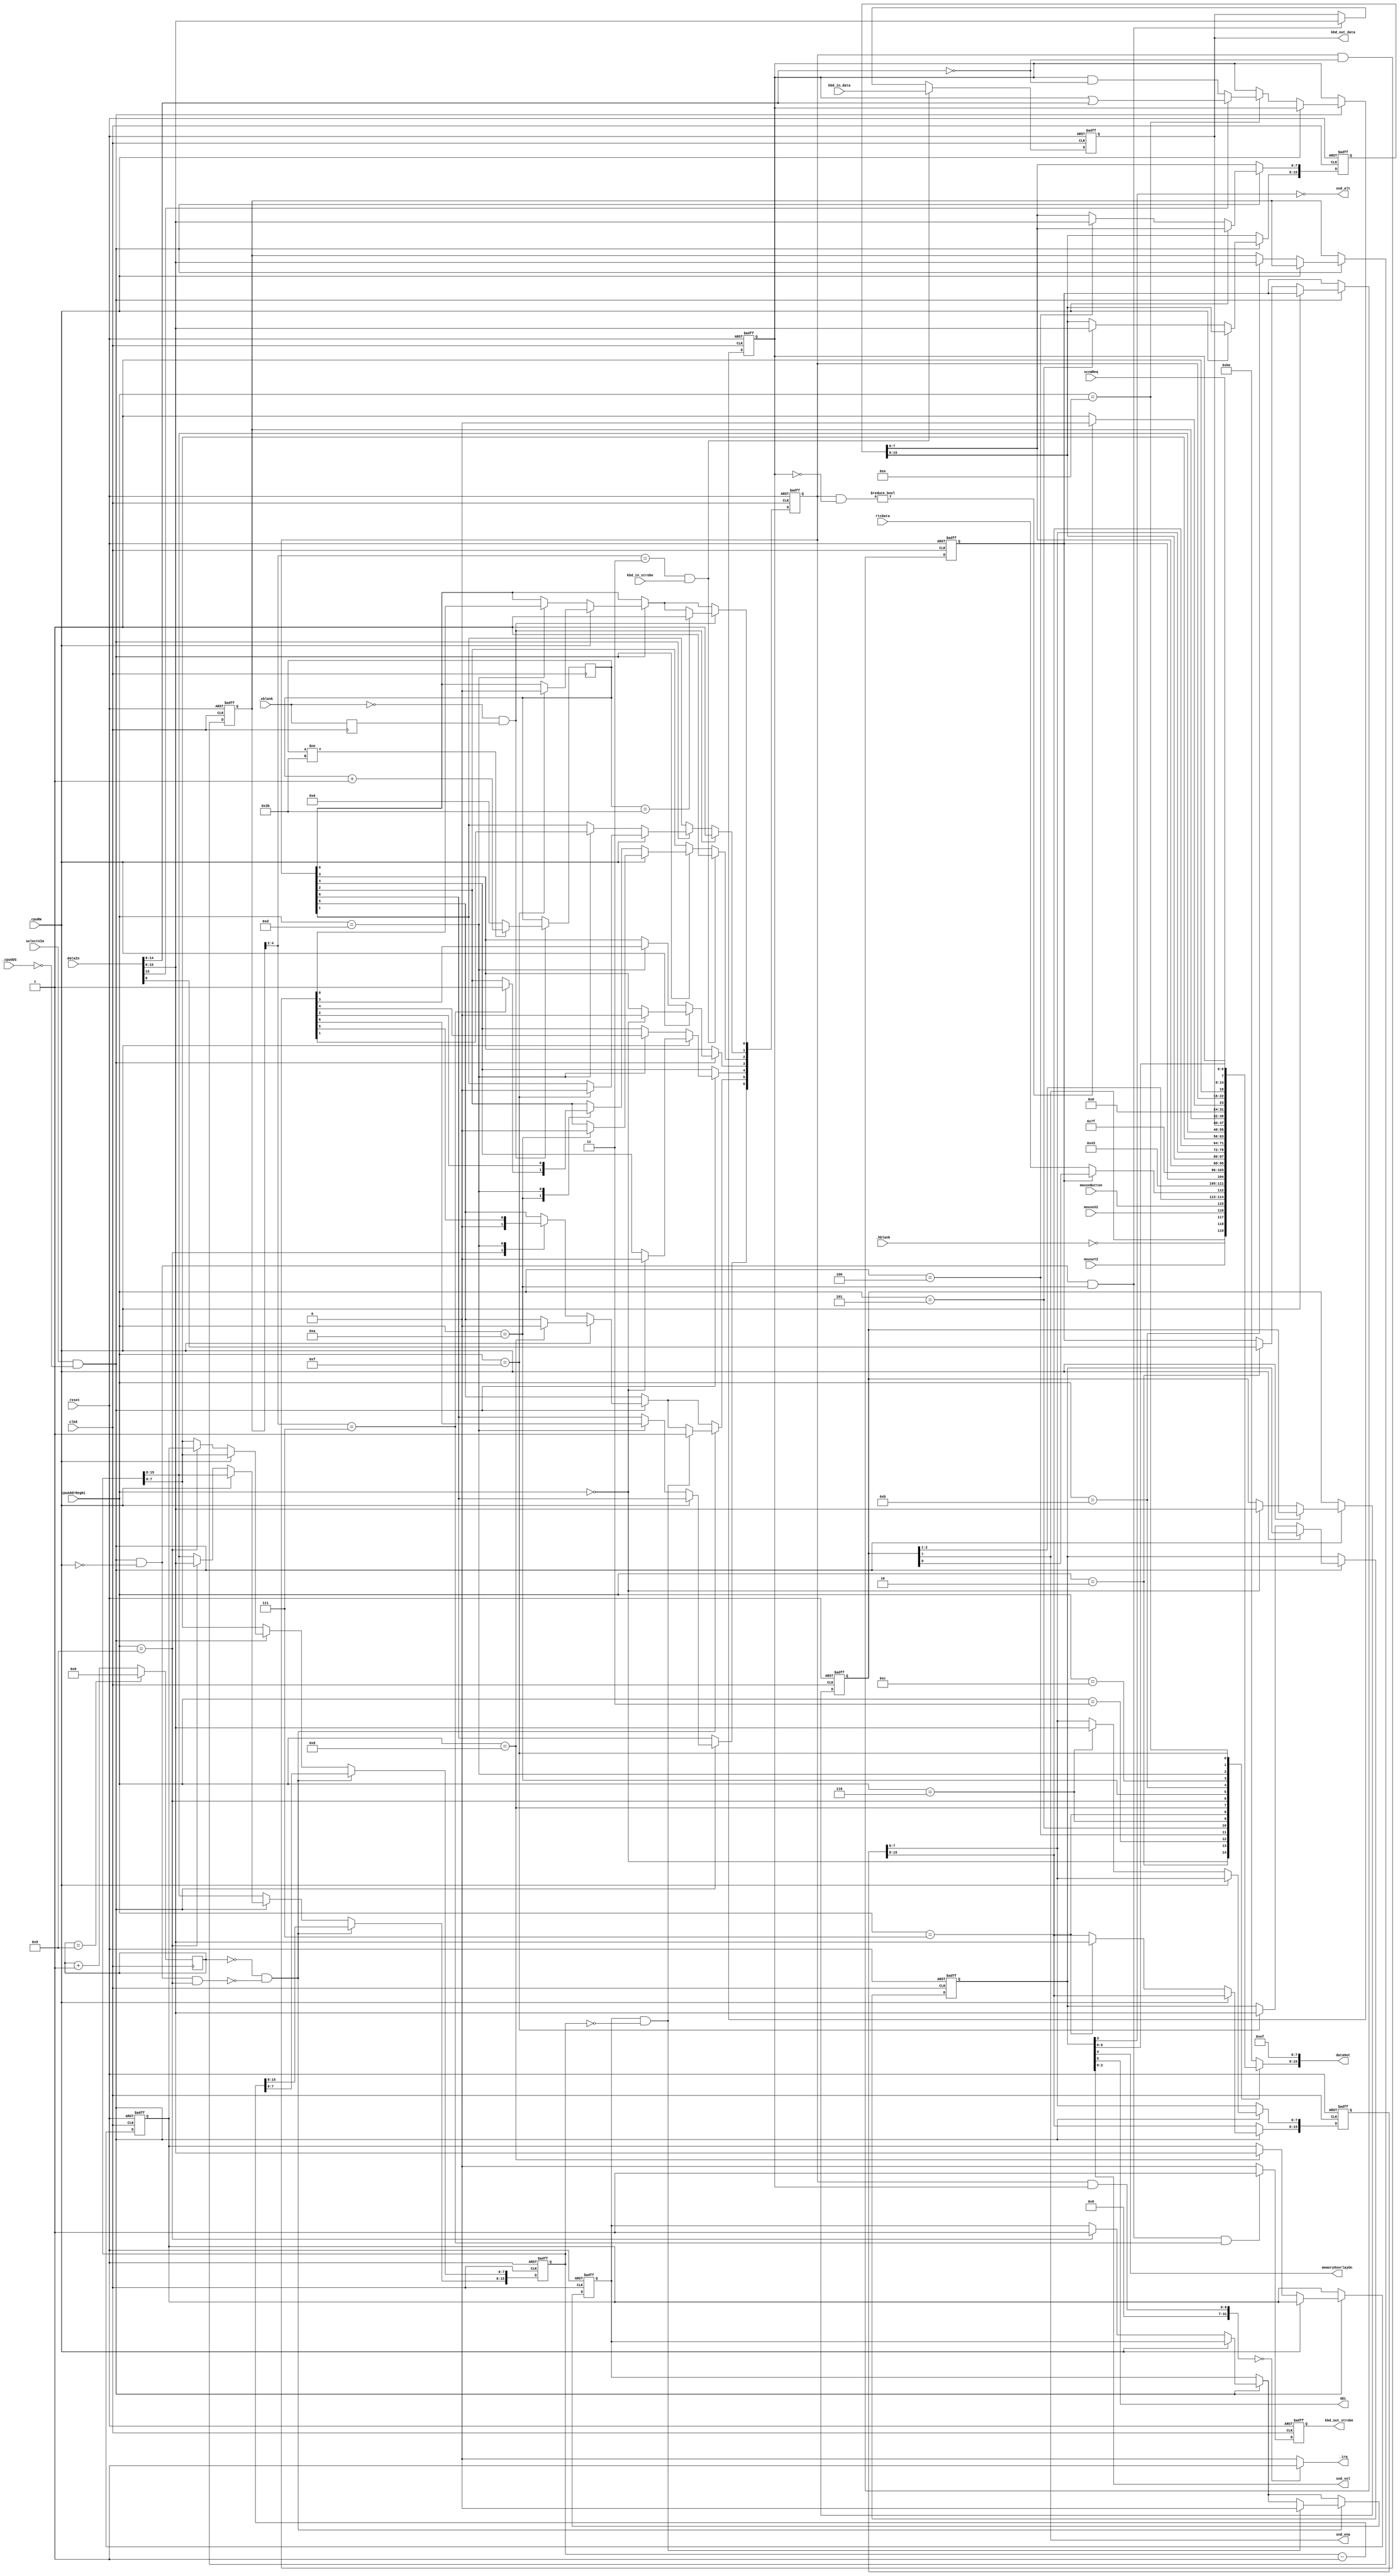
/* VIA
	
	This implementation assumes the I/O data directions and PCR edge triggers used in the Macintosh,
	and ignores most writes to the VIA data direction registers and the PCR.
	
	The 16 VIA registers are mapped to addresses {8'hEF, 8'b111xxxx1, 8'hFE}:
			0	$0		vBufB		register B
			1	$200	?????		register A (controls handshake)
			2	$400	vDirB		register B direction register
			3	$600	vDirA		register A direction register
			4	$800	vT1C		timer 1 counter (low-order byte) - for sound?
			5	$A00	vT1CH		timer 1 counter (high-order byte)
			6	$C00	vT1L		timer 1 latch (low-order byte)
			7	$E00	vT1LH		timer 1 latch (high-order byte)
			8	$1000	vT2C		timer 2 counter (low-order byte) - W: writes T2L-L R: read T2C-L and clear interrupt flag
			9	$1200	vT2CH		timer 2 counter (high-order byte) - W: write T2C-H, transfer T2L-L to T2C-L, clear interrupt flag R: read T2C-H
			10	$1400	vSR		shift register (keyboard)
			11	$1600	vACR		auxiliary control register
			12	$1800	vPCR		peripheral control register
			13	$1A00	vIFR		interrupt flag register
			14	$1C00	vIER		interrupt enable register
			15	$1E00	vBufA		register A (no handshake)
			
	Register A:
		Bit(s)  Name             Dir	Description

		7       vSCCWReq         in	SCC wait/request
		6       vPage2           out	Alternate screen buffer (1 = main buffer)
		5       vHeadSel         out	Disk SEL line
		4       vOverlay         out	ROM low-memory overlay (1 = overlay on)
		3       vSndPg2          out	Alternate sound buffer (1 = main buffer)
		0-2     vSound (mask)    out	Sound volume

	Register B:
		Bit   Name       Dir		Description

		7     vSndEnb    out		Sound enable/disable
		6     vH4        in		Horizontal blanking
		5     vY2        in		Mouse Y2
		4     vX2        in		Mouse X2
		3     vSW        in		Mouse switch
		2     rTCEnb     out		Real-time clock serial enable (active low I think)
		1     rTCClk     out		Real-time clock data-clock line
		0     rTCData    in/out	Real-time clock serial data

	Interrupt flag and enable registers:
		IFR bit 7: remains set (and the IRQ line to the processor is held low) as long as any enabled VIA
					  interrupt is occurring. 
		IER bit 7: "enable/disable":  If bit 7 is a 1, each 1 in bits 0-6 enables the corresponding interrupt; 
					  if bit 7 is a 0, each 1 in bits 0-6 disables that interrupt. In either case, 0's in bits 0-6 do not
					  change the status of those interrupts. Bit 7 is always read as a 1. 
					  
		Bit   Interrupting device

		7     IRQ (IFR) or enable (IER)
		6     Timer 1 timeout
		5     Timer 2 timeout
		4     Keyboard clock (CB1)
		3     Keyboard data bit (CB2)
		2     Keyboard data ready (completion of 8 shifts) (SR)
		1     Vertical blanking interrupt (CA1)
		0     One-second interrupt (CA2)

	Peripheral control register:
		Bit	Description
		
		5-7	CB2 control (keyboard data bit)
		4		CB1 control (keyboard clock)
		1-3	CA2 control (one-second interrupt)
		0		CA1 control (vertical blanking interrupt)
		
		1-bit controls: 0 = negative edge trigger (normal Macintosh mode), 1 = positive edge trigger
		3-bit controls: 
			000	set IFR on negative edge, clear IFR on read/write from register A/B. Normal Macintosh mode.
			001	set IFR on negative edge
			010	set IFR on positive edge, clear IFR on read/write from register A/B
			011	set IFR on positive edge
			100-111 not used in Macintosh (output mode)	
		
	Auxiliary control register:
		Bit	Description
		6-7	T1 control, 00 = one-shot mode, output to PB7 disabled, 11 = free running mode, output to PB7 enabled
		5		T2 control, 0 = interval timer in one-shot mode (Mac mode), 1 = counts a predetermined number of pulses on pin PB6 (not used)
		2-4	shift register control
		1		PB latch enable
		0		PA latch enable
		
	Timer 2:
		For Macintosh, always operates as a one-shot inerval timer.
		8	$1000	vT2C		W: write T2L-L R: read T2C-L and clear interrupt flag
		9	$1200	vT2CH		W: write T2C-H, transfer T2L-L to T2C-L, clear interrupt, arms timer flag R: read T2C-H		
*/

`define INT_ONESEC		0  
`define INT_VBLANK		1  
`define INT_KEYREADY		2
`define INT_KEYBIT		3
`define INT_KEYCLK		4
`define INT_T2				5
`define INT_T1				6

module via(
	input clk8,
	input _reset,
	input selectVIA,
	input _cpuRW,
	input _cpuUDS,	
	input [15:0] dataIn,
	input [3:0] cpuAddrRegHi,
	input _hblank,
	input _vblank,
	input mouseY2,
	input mouseX2,
	input mouseButton,
	input rtcData,
	input sccWReq,
	output _irq,
	output [15:0] dataOut,
	output memoryOverlayOn,
	output SEL, // to IWM

	output snd_ena,
	output snd_alt,
	output [2:0] snd_vol,
	
	input [7:0] kbd_in_data,
	input kbd_in_strobe,
	output [7:0] kbd_out_data,
	output reg kbd_out_strobe
);

	wire [7:0] dataInHi = dataIn[15:8];
	reg [7:0] dataOutHi;
	assign dataOut = { dataOutHi, 8'hEF };
	
	reg [7:0] viaADataOut;
	reg [7:0] viaBDataOut;
	reg viaB0DDR;
	reg [6:0] viaIFR;
	reg [6:0] viaIER;
	reg [7:0] viaACR;
	reg [7:0] viaSR;
	reg [15:0] viaTimer1Count;
	reg [15:0] viaTimer1Latch;
	reg [15:0] viaTimer2Count;
	reg [7:0] viaTimer2LatchLow;
	reg viaTimer2Armed;

	
	// shift register can be written by CPU and by external source
	/* Write to SR (including external input) */
	assign kbd_out_data = viaSR;
   always @(negedge clk8 or negedge _reset) begin
		if (_reset == 1'b0)
			viaSR <= 8'b0;           
		else begin
			if((selectVIA == 1'b1) && (_cpuUDS == 1'b0) && 
				(_cpuRW == 1'b0) && (cpuAddrRegHi == 4'hA))
						viaSR <= dataInHi;
						
         if (viaACR[4:2] == 3'b011 && kbd_in_strobe)
                  viaSR <= kbd_in_data;
      end
	end

	/* Generate sr_out_strobe */
   always @(negedge clk8 or negedge _reset) begin
	if (_reset == 1'b0)
		kbd_out_strobe <= 1'b0;                
   else begin
		if((selectVIA == 1'b1) && (_cpuUDS == 1'b0) && 
			(_cpuRW == 1'b0) && (cpuAddrRegHi == 4'hA) && 
			(viaACR[4:2] == 3'b111))
				kbd_out_strobe <= 1;
         else
            kbd_out_strobe <= 0;   
      end
    end
 	
	// divide by 10 clock divider for the VIA timers: 0.78336 MHz
	reg [3:0] clkDiv;
	always @(posedge clk8) begin
		if (clkDiv == 4'h9)
			clkDiv <= 0;
		else
			clkDiv <= clkDiv + 1'b1;
	end
	wire timerStrobe = (clkDiv == 0);
	
	// store previous vblank value, for edge detection
	reg _lastVblank;
	always @(negedge clk8) begin
		_lastVblank <= _vblank;
	end

	// count vblanks, and set 1 second interrupt after 60 vblanks
	reg [5:0] vblankCount;
	always @(negedge clk8) begin
		if (_vblank == 1'b0 && _lastVblank == 1'b1) begin
			if (vblankCount != 59) begin
				vblankCount <= vblankCount + 1'b1;
			end
			else begin
				vblankCount <= 6'h0;
			end
		end
	end
	assign _irq = (viaIFR & viaIER) == 0 ? 1'b1 : 1'b0;
	
	// register write
	wire loadT2 = selectVIA == 1'b1 && _cpuUDS == 1'b0 && _cpuRW == 1'b0 && cpuAddrRegHi == 4'h9;
	always @(negedge clk8 or negedge _reset) begin
		if (_reset == 1'b0) begin
			viaB0DDR <= 1'b1;
			viaADataOut <= 8'b01111111;
			viaBDataOut <= 8'b11111111;
			viaIFR <= 7'b0000000;
			viaIER <= 7'b0000000;
			viaACR <= 8'b00000000;
			viaTimer1Count <= 16'h0000;
			viaTimer1Latch <= 16'h0000;
			viaTimer2Count <= 16'h0000;
			viaTimer2LatchLow <= 8'h00;
			viaTimer2Armed <= 0;
		end
		else begin
			if (selectVIA == 1'b1 && _cpuUDS == 1'b0) begin
				if (_cpuRW == 1'b0) begin
					// normal register writes
					case (cpuAddrRegHi)
						4'h0: // B
							viaBDataOut <= dataInHi;
						4'h2: // B DDR
							viaB0DDR <= dataInHi[0];
						// 4'h3: ignore A DDR
						4'h4: // timer 1 count low
							viaTimer1Count[7:0] <= dataInHi;
						4'h5: // timer 1 count high
							viaTimer1Count[15:8] <= dataInHi;
						4'h6: // timer 1 latch low
							viaTimer1Latch[7:0] <= dataInHi;
						4'h7: // timer 1 latch high
							viaTimer1Latch[15:8] <= dataInHi;
						4'h8: // timer 2 latch low
							viaTimer2LatchLow <= dataInHi;
						4'h9: begin // timer 2 count high
							viaTimer2Count[15:8] <= dataInHi;
							viaTimer2Count[7:0] <= viaTimer2LatchLow;
							viaTimer2Armed <= 1'b1;
							viaIFR[`INT_T2] <= 1'b0;
						end
						4'hA: begin // shift register
							if( viaACR[4:2] == 3'b111 )
								viaIFR[`INT_KEYREADY] <= 1'b1;
						end
						4'hB: // Aux control register
							viaACR <= dataInHi;		
						// 4'hC: ignore PCR
						4'hD: // IFR
							viaIFR <= viaIFR & ~dataInHi[6:0];
						4'hE: // IER
							if (dataInHi[7])
								viaIER <= viaIER | dataInHi[6:0];
							else
								viaIER <= viaIER & ~dataInHi[6:0];
						4'hF: // A		
							viaADataOut <= dataInHi;
					endcase
				end
				else begin
					// interrupt flag modifications due to register reads
					case (cpuAddrRegHi)
						4'h0: begin // reading (and writing?) register B clears KEYCLK and KEYBIT interrupt flags
							viaIFR[`INT_KEYCLK] <= 1'b0;
							viaIFR[`INT_KEYBIT] <= 1'b0;
						end
						4'h8: // reading T2C-L clears the T2 interrupt flag
							viaIFR[`INT_T2] <= 1'b0; 
						4'hA: // reading SR clears the SR interrupt flag
							viaIFR[`INT_KEYREADY] <= 1'b0;
						4'hF: begin // reading (and writing?) register A clears VBLANK and ONESEC interrupt flags
							viaIFR[`INT_ONESEC] <= 1'b0;
							viaIFR[`INT_VBLANK] <= 1'b0;
						end
					endcase
				end
			end
			// external interrupts
			if (_vblank == 1'b0 && _lastVblank == 1'b1) begin
				viaIFR[`INT_VBLANK] <= 1'b1; // set vblank interrupt
				if (vblankCount == 59) 	
					viaIFR[`INT_ONESEC] <= 1'b1; // set one second interrupt after 60 vblanks
			end				
			// timer 2
			if (timerStrobe && !loadT2) begin
				if (viaTimer2Armed && viaTimer2Count == 0) begin
					viaIFR[`INT_T2] <= 1'b1;
					viaTimer2Armed <= 0;
				end
				viaTimer2Count <= viaTimer2Count - 1'b1;
			end
			
			// Shift in under control of external clock
         if (viaACR[4:2] == 3'b011 && kbd_in_strobe)
				viaIFR[`INT_KEYREADY] <= 1;
			
		end
	end
	
	// register read
	always @(*) begin
		dataOutHi = 8'hBE;
	
		case (cpuAddrRegHi)
			4'h0: // B
				// TODO: clear CB1 and CB2 interrupts
				dataOutHi = { viaBDataOut[7], ~_hblank, mouseY2, mouseX2, mouseButton, viaBDataOut[2:1], viaB0DDR == 1'b1 ? viaBDataOut[0] : rtcData };
			4'h2: // B DDR
				dataOutHi = { 7'b1000011, viaB0DDR };
			4'h3: // A DDR
				dataOutHi = 8'b01111111;
			4'h4: // timer 1 count low
				dataOutHi = viaTimer1Count[7:0];
			4'h5: // timer 1 count high
				dataOutHi = viaTimer1Count[15:8];
			4'h6: // timer 1 latch low
				dataOutHi = viaTimer1Latch[7:0];
			4'h7: // timer 1 latch high
				dataOutHi = viaTimer1Latch[15:8];
			4'h8: // timer 2 count low
				dataOutHi = viaTimer2Count[7:0]; 
			4'h9: // timer 2 count high
				dataOutHi = viaTimer2Count[15:8];	
			4'hA: // shift register
				dataOutHi = viaSR;	
			4'hB: // Aux control register
				dataOutHi = viaACR;
			4'hC: // PCR
				dataOutHi = 0; 					
			4'hD: // IFR
				dataOutHi = { viaIFR & viaIER == 0 ? 1'b0 : 1'b1, viaIFR };
			4'hE: // IER
				dataOutHi = { 1'b1, viaIER };			
			4'hF: // A
				// TODO: clear CA1 and CA2 interrupts
				dataOutHi = { sccWReq, viaADataOut[6:0] };
			default:
				dataOutHi = 8'hBE;
		endcase
	end
	
	assign snd_vol = viaADataOut[2:0];
	assign snd_alt = !viaADataOut[3];
	assign snd_ena = viaBDataOut[7];
	
	assign memoryOverlayOn = viaADataOut[4];
	assign SEL = viaADataOut[5];
	
endmodule